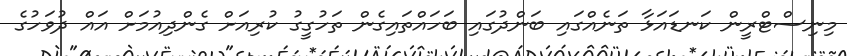
މިނިސްޓްރީން ކަނޑައަޅާ ތަނެއްގައި ބަންދުގައި ބަހައްތައިގެން ތަހުގީގު ކުރިއަށް ގެންދިއުމަށް އައް ދުވަހުގެ